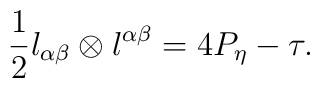
\frac{1}{2}l_{\alpha\beta}\otimes l^{\alpha\beta}=4P_{\eta}-\tau.